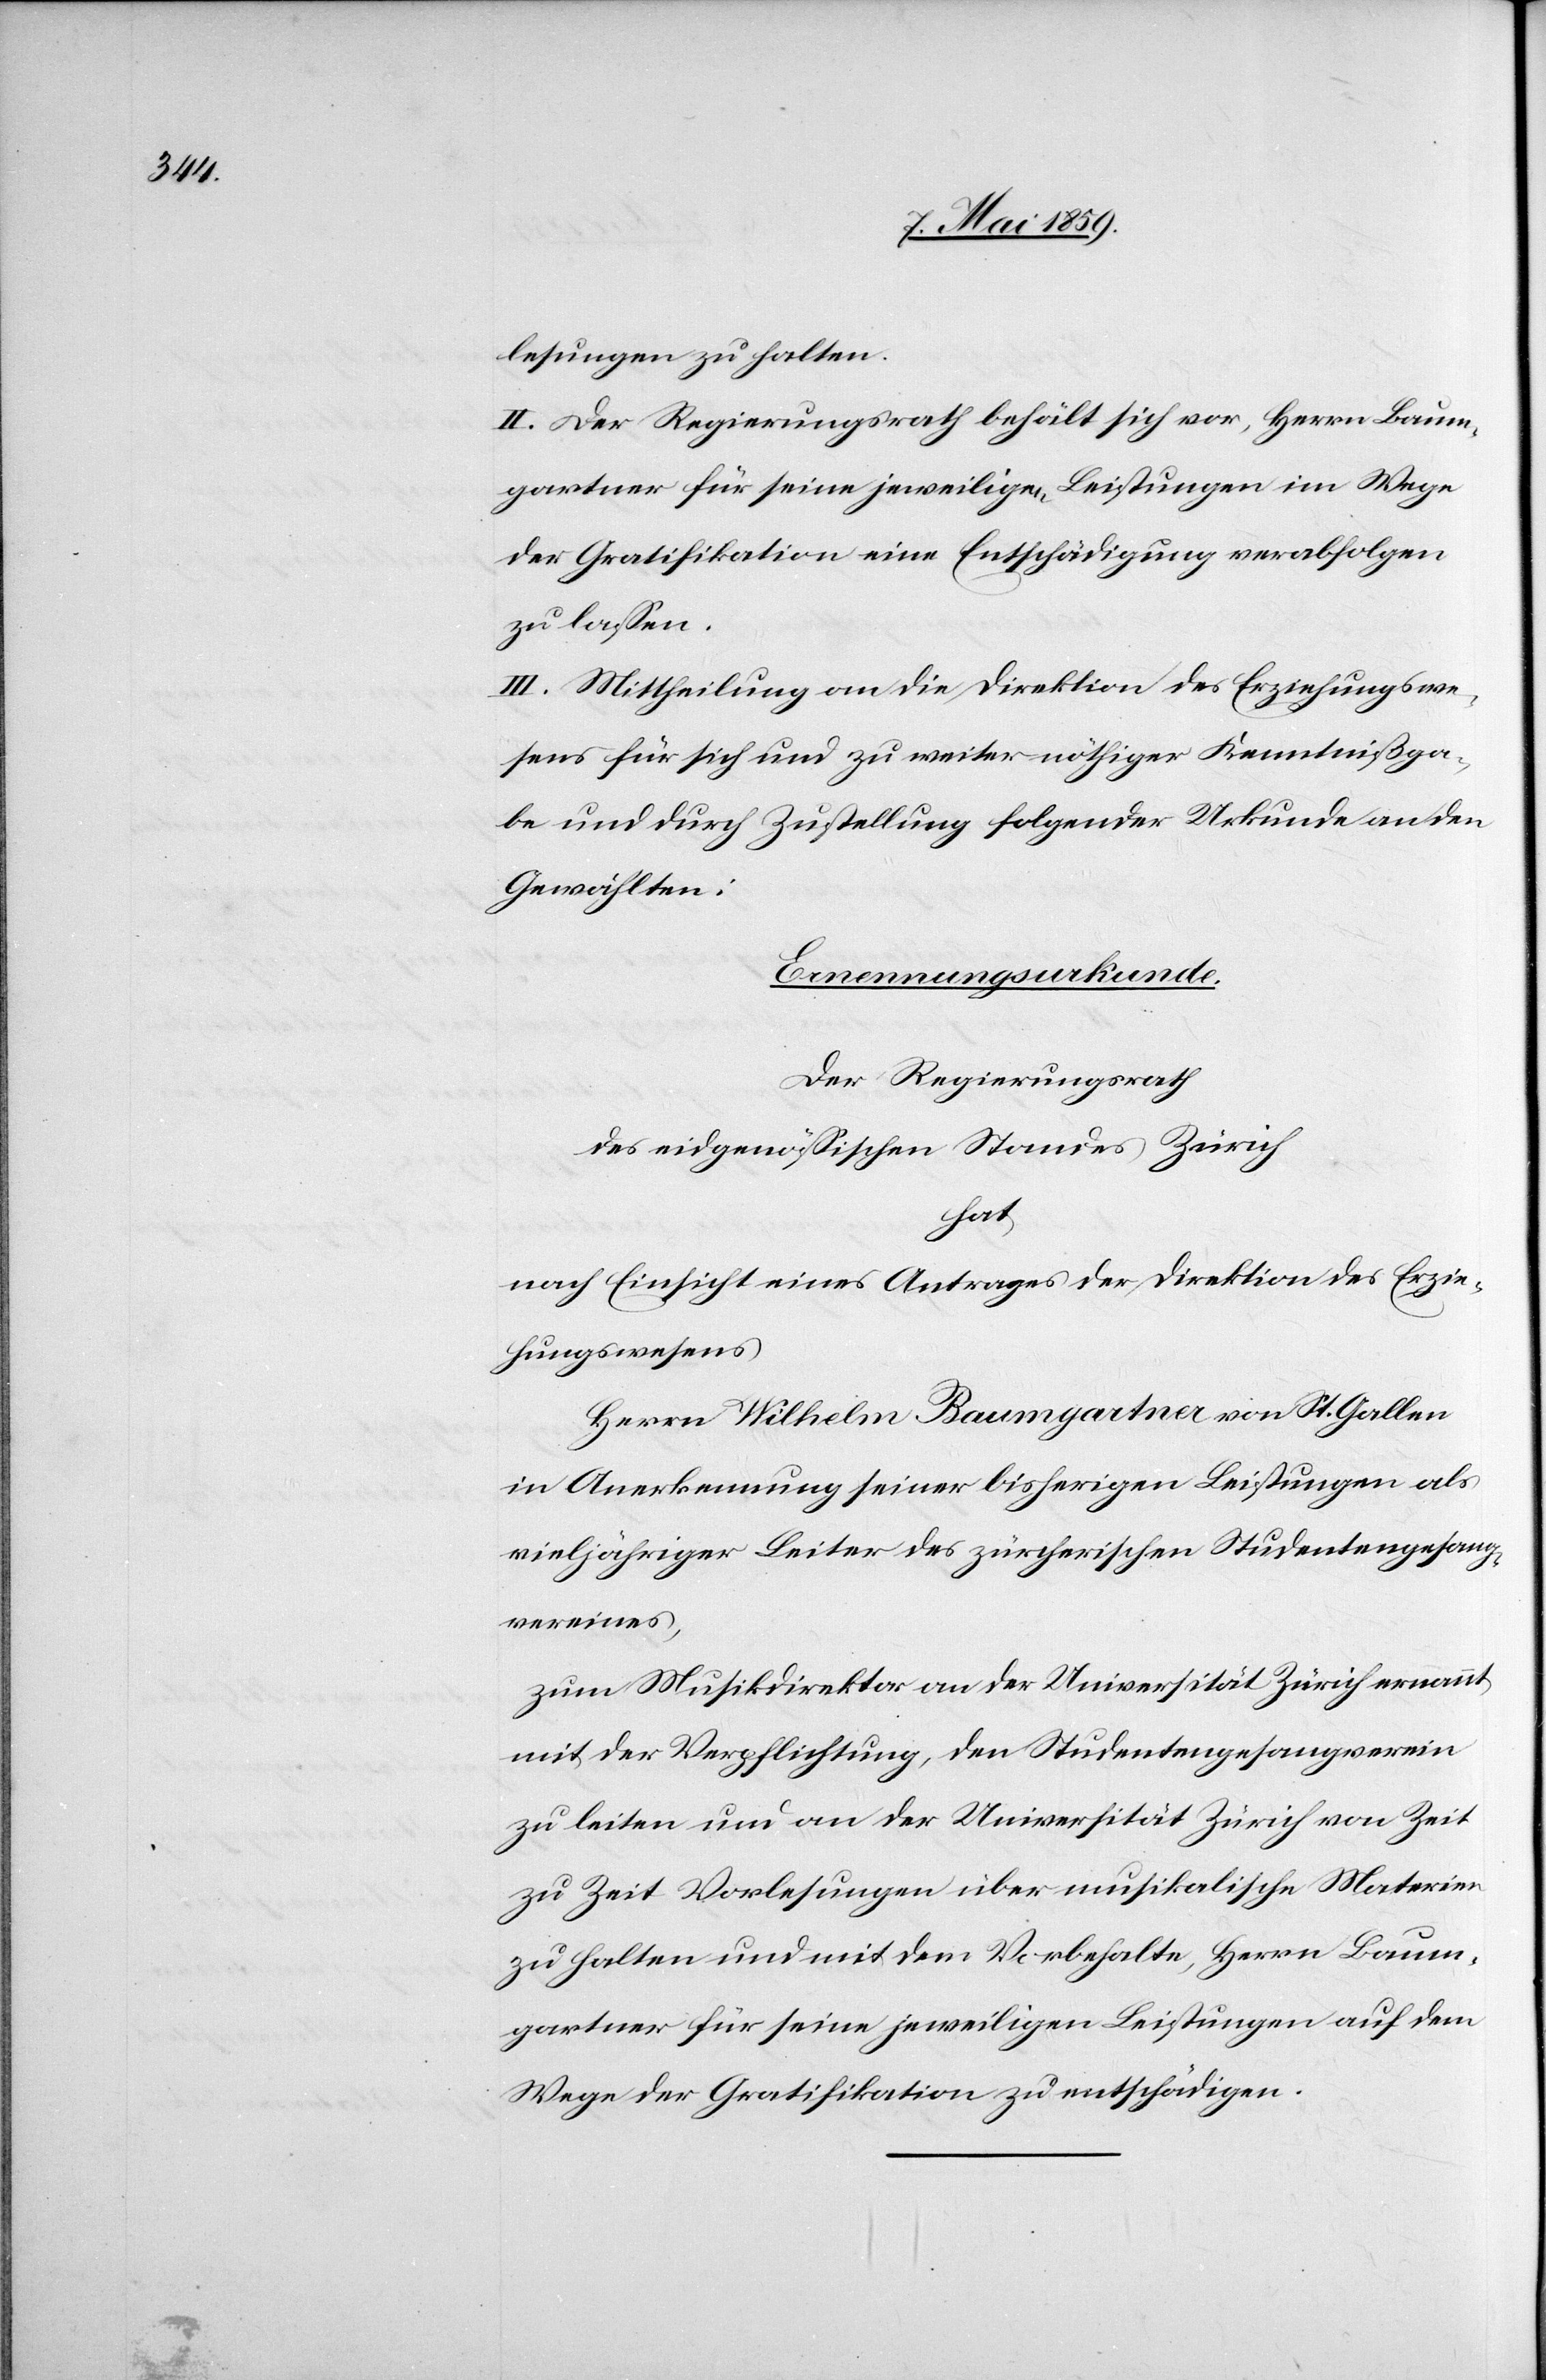
lesungen zu halten.
II. Der Regierungsrath behält sich vor, Herrn Baum¬
gartner für seine jeweiligen Leistungen im Wege
der Gratifikation eine Entschädigung verabfolgen
zu laßen.
III. Mittheilung an die Direktion des Erziehungswe¬
sens für sich und zu weiter nöthiger Kenntnißga¬
be und durch Zustellung folgender Urkunde an den
Gewählten:
Ernennungsurkunde.
Der Regierungsrath
des eidgenößischen Standes Zürich
hat
nach Einsicht eines Antrages der Direktion des Erzie¬
hungswesens
Herrn Wilhelm Baumgartner von St. Gallen
in Anerkennung seiner bisherigen Leistungen als
vieljähriger Leiter des zürcherischen Studentengesang¬
vereines,
zum Musikdirektor an der Universität Zürich ernannt
mit der Verpflichtung, den Studentengesangverein
zu leiten und an der Universität Zürich von Zeit
zu Zeit Vorlesungen über musikalische Materien
zu halten und mit dem Vorbehalte, Herrn Baum¬
gartner für seine jeweiligen Leistungen auf dem
Wege der Gratifikation zu entschädigen.